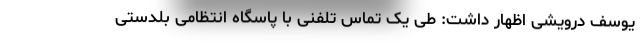
یوسف درویشی اظهار داشت: طی یک تماس تلفنی با پاسگاه انتظامی بلدستی